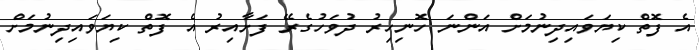
އެ ފޮތް ކިޔަވައިދިނުމަށް އަންނަ ހޮނިހިރު ދުވަހުގެރޭ ފަށާއިރު އެ ފޮތް ކިޔަވައިދިނުމަށް